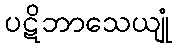
ပဋိဘာသေယျုံ